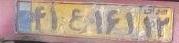
۴۱ع۱۶۱۱۲